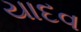
યાદવ